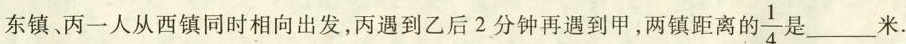
东镇、丙一人从西镇同时相向出发,丙遇到乙后2分钟再遇到甲,两镇距离的\frac{1}{4}是=___米.